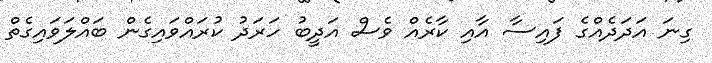
ގިނަ އަދަދެއްގެ ފައިސާ އާއި ކާރެއް ވެސް އަދީބު ހަރަދު ކުރައްވައިގެން ބައްލަވައިގެތް